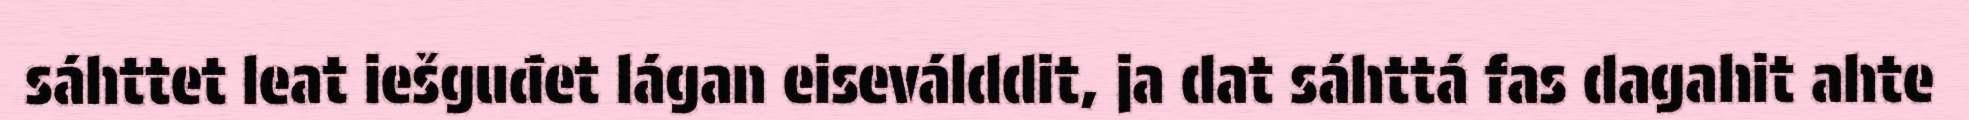
sáhttet leat iešguđet lágan eiseválddit, ja dat sáhttá fas dagahit ahte